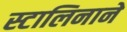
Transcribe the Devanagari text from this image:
स्टालिनाने